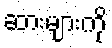
ဆားများကို